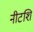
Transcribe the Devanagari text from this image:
नीटशि